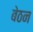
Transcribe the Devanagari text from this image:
बेठन